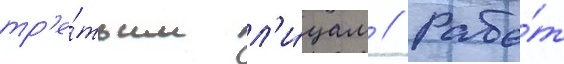
тр'е́тьим л'и́цам // Рабо́т